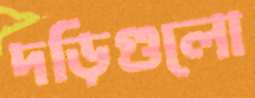
দড়িগুলো